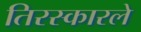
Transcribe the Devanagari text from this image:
तिरस्कारले